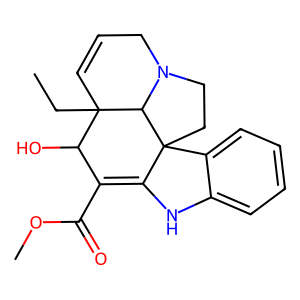
SMILES: CCC12C=CCN3CCC4(C(=C(C(=O)OC)C1O)Nc1ccccc14)C32
Inhibits HIV replication: No